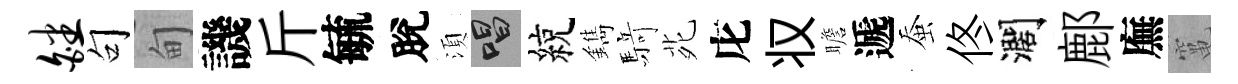
皤句甸譏斤毓脫湏唱綂鐫𮪍𫟍庀𠬧瞻遞蚕佟濶鄜廡𥧄